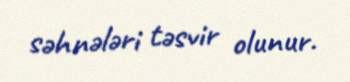
səhnələri təsvir olunur.